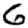
Digit: 6